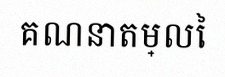
គណនាតម្លៃ